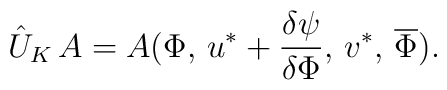
\hat{U}_K\,A = A(\Phi,\,u^* + \frac{\delta\psi}{\delta\Phi}, \,v^*,\,\overline{\Phi}).